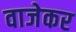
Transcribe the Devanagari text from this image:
वाजेकर